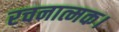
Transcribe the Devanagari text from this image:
रचनात्मक।